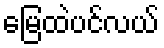
မြေထဲပင်လယ်